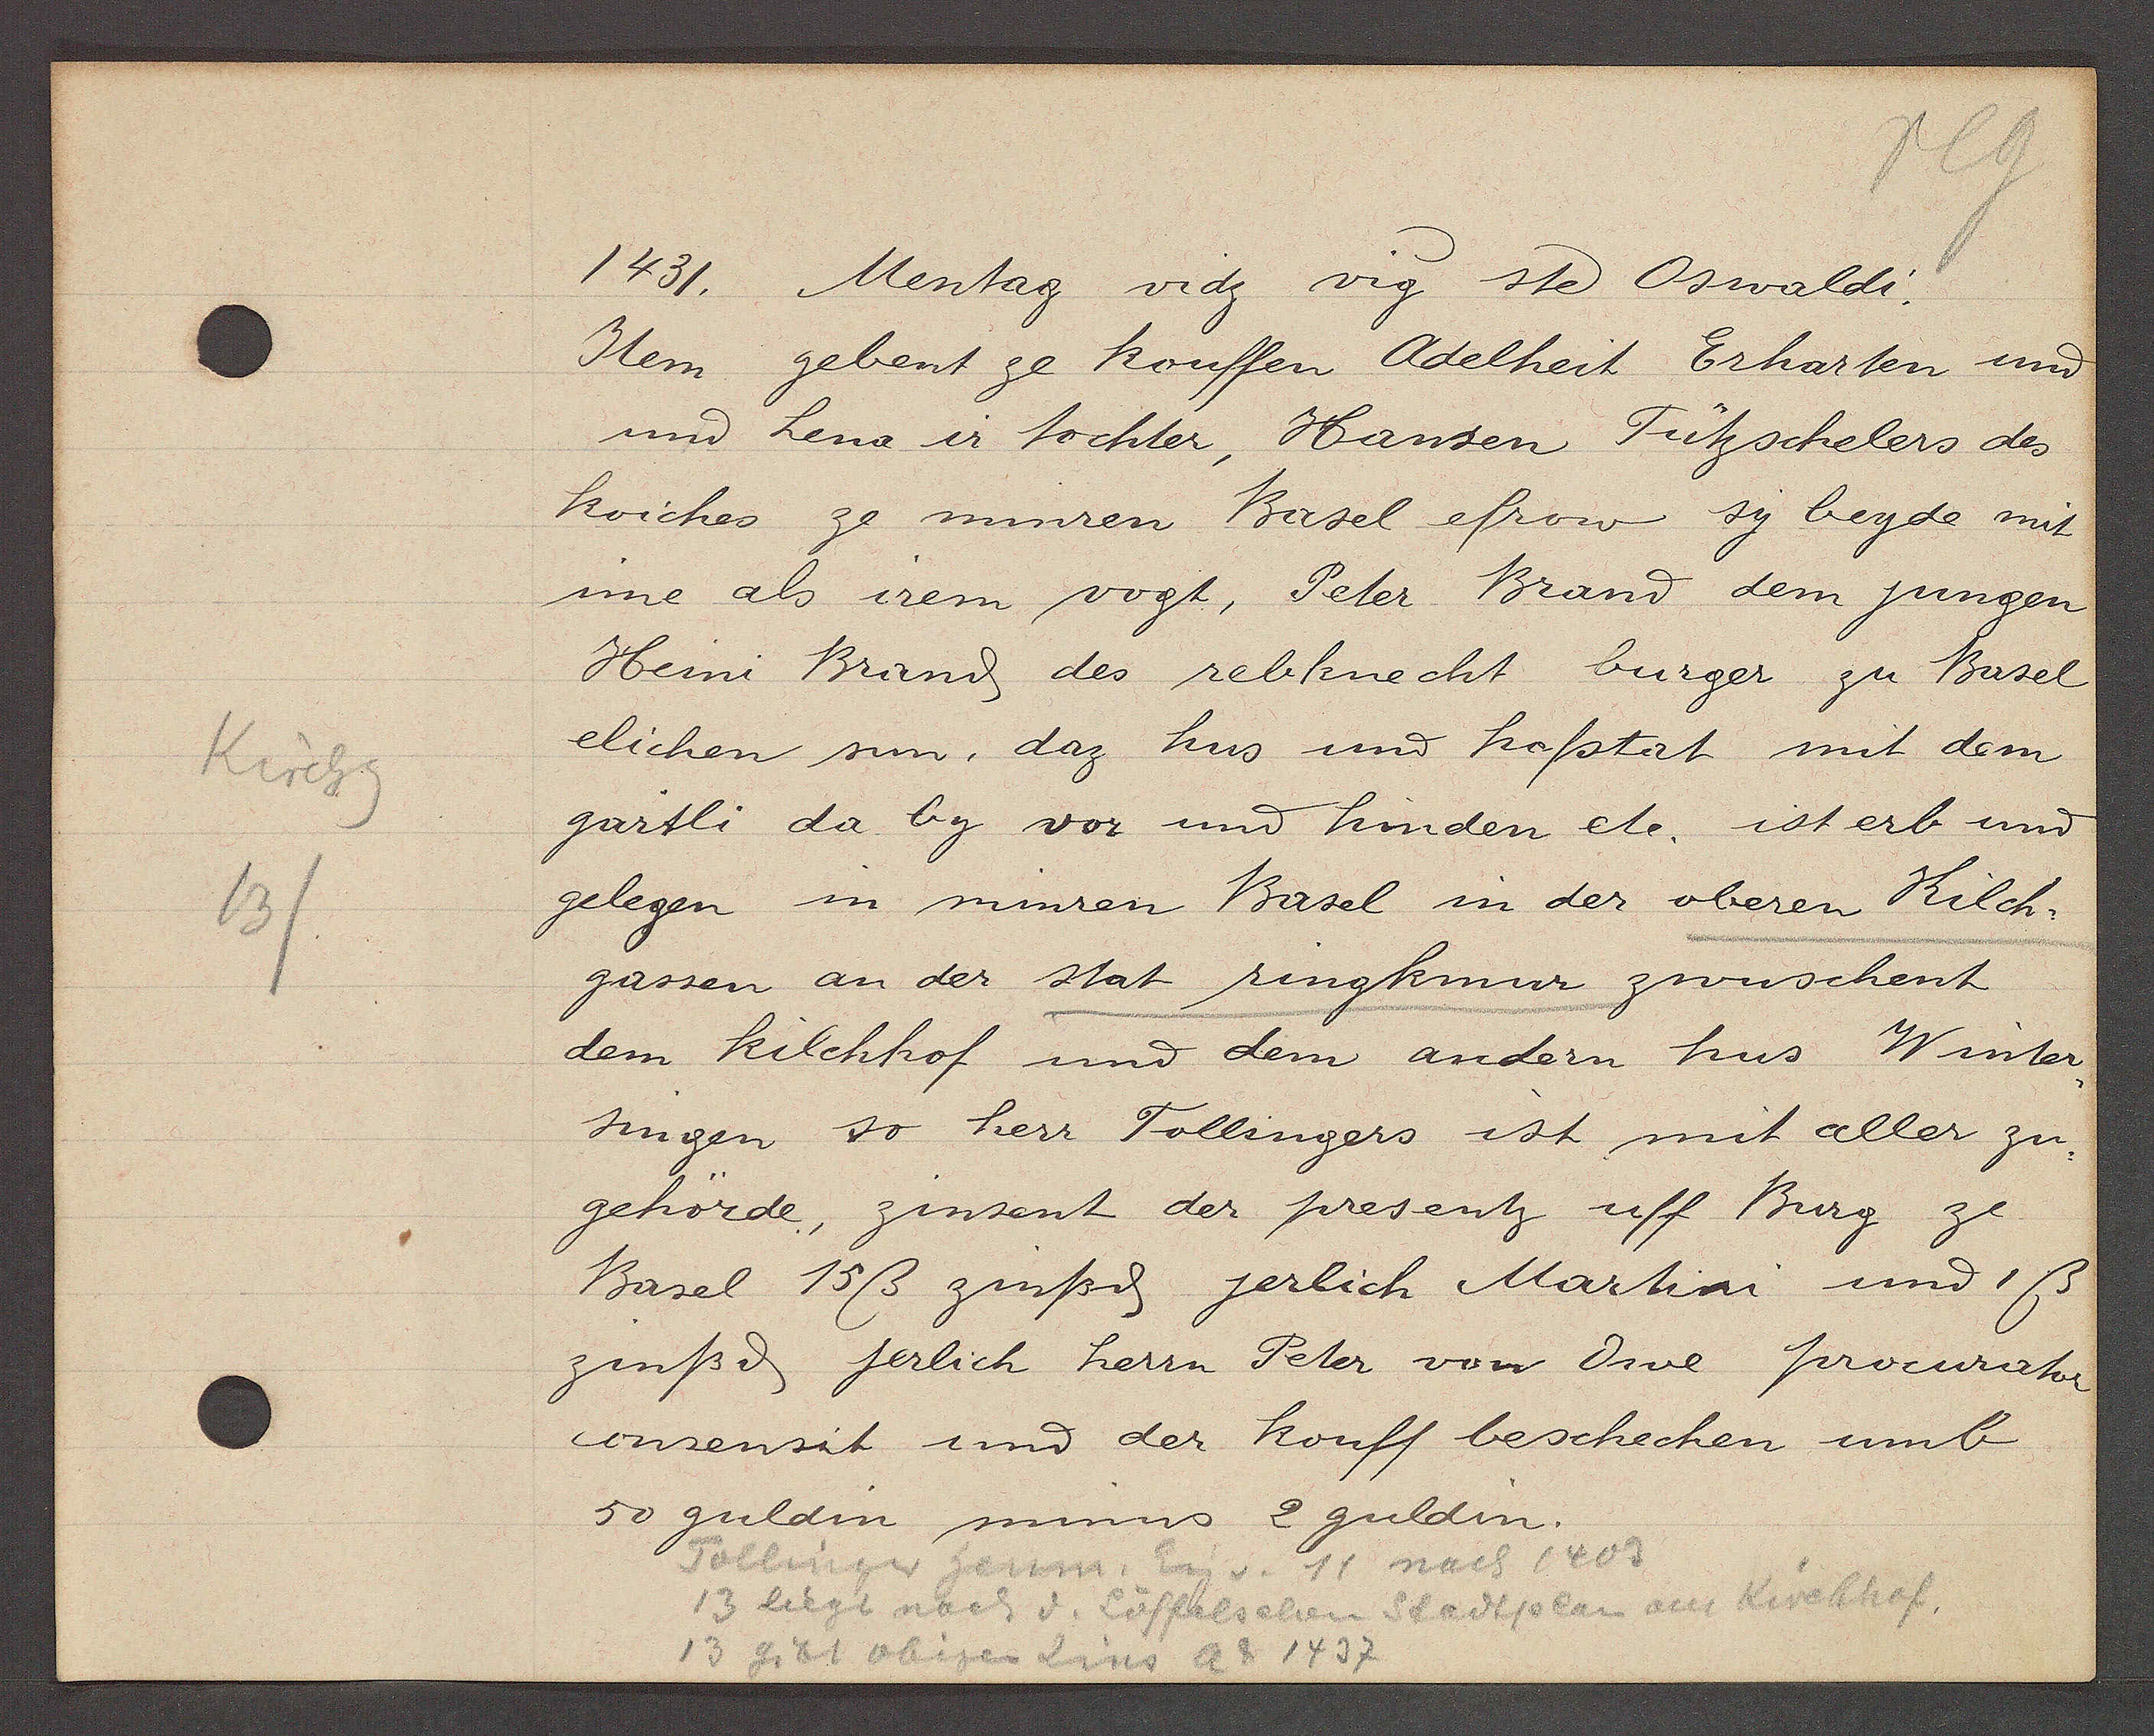
Transcript:
Kirchg
13

1431. Mentag vidz vig ste Oswaldi.

Item gebent ze kouffen Adelheit Erharten und
und Lena ir tochter, Hansen Tützschelers des
koiches ze minren Basel efrow sy beyde mit
ime als irem vogt, Peter Brand dem jungen
Heini Brand des rebknecht burger zu Basel
elichen sun, daz hus und hofstat mit dem
gärtli da by vor und hinden etc. ist erb und
gelegen in minren Basel in der oberen Kilch¬
gassen an der stat ringkmur zwuschent
dem kilchhof und dem andern hus Winter,
singen so herr Tollingers ist mit aller zu¬
gehörde, zinsent der presentz uff Burg ze
Basel 15ß zinßd jerlich Martini und 1ß
zinßd jerlich herrn Peter von Orve procurator
consensit und der kouff beschechen umb
50 guldin minus 2 guldin.

Tollinger henm. Eig v 11 nach 1403
13 liegt nach d. Löffelschen Stadtplan am Kirchhof.
13 gibt obigen Zins Ao 1437